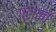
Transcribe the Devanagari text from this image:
गंटाका